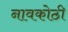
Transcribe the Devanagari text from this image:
नावकोठी